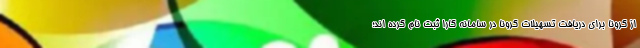
از کرونا برای دریافت تسهیلات کرونا در سامانه کارا ثبت نام کرده اند؛